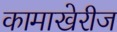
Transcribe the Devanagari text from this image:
कामाखेरीज